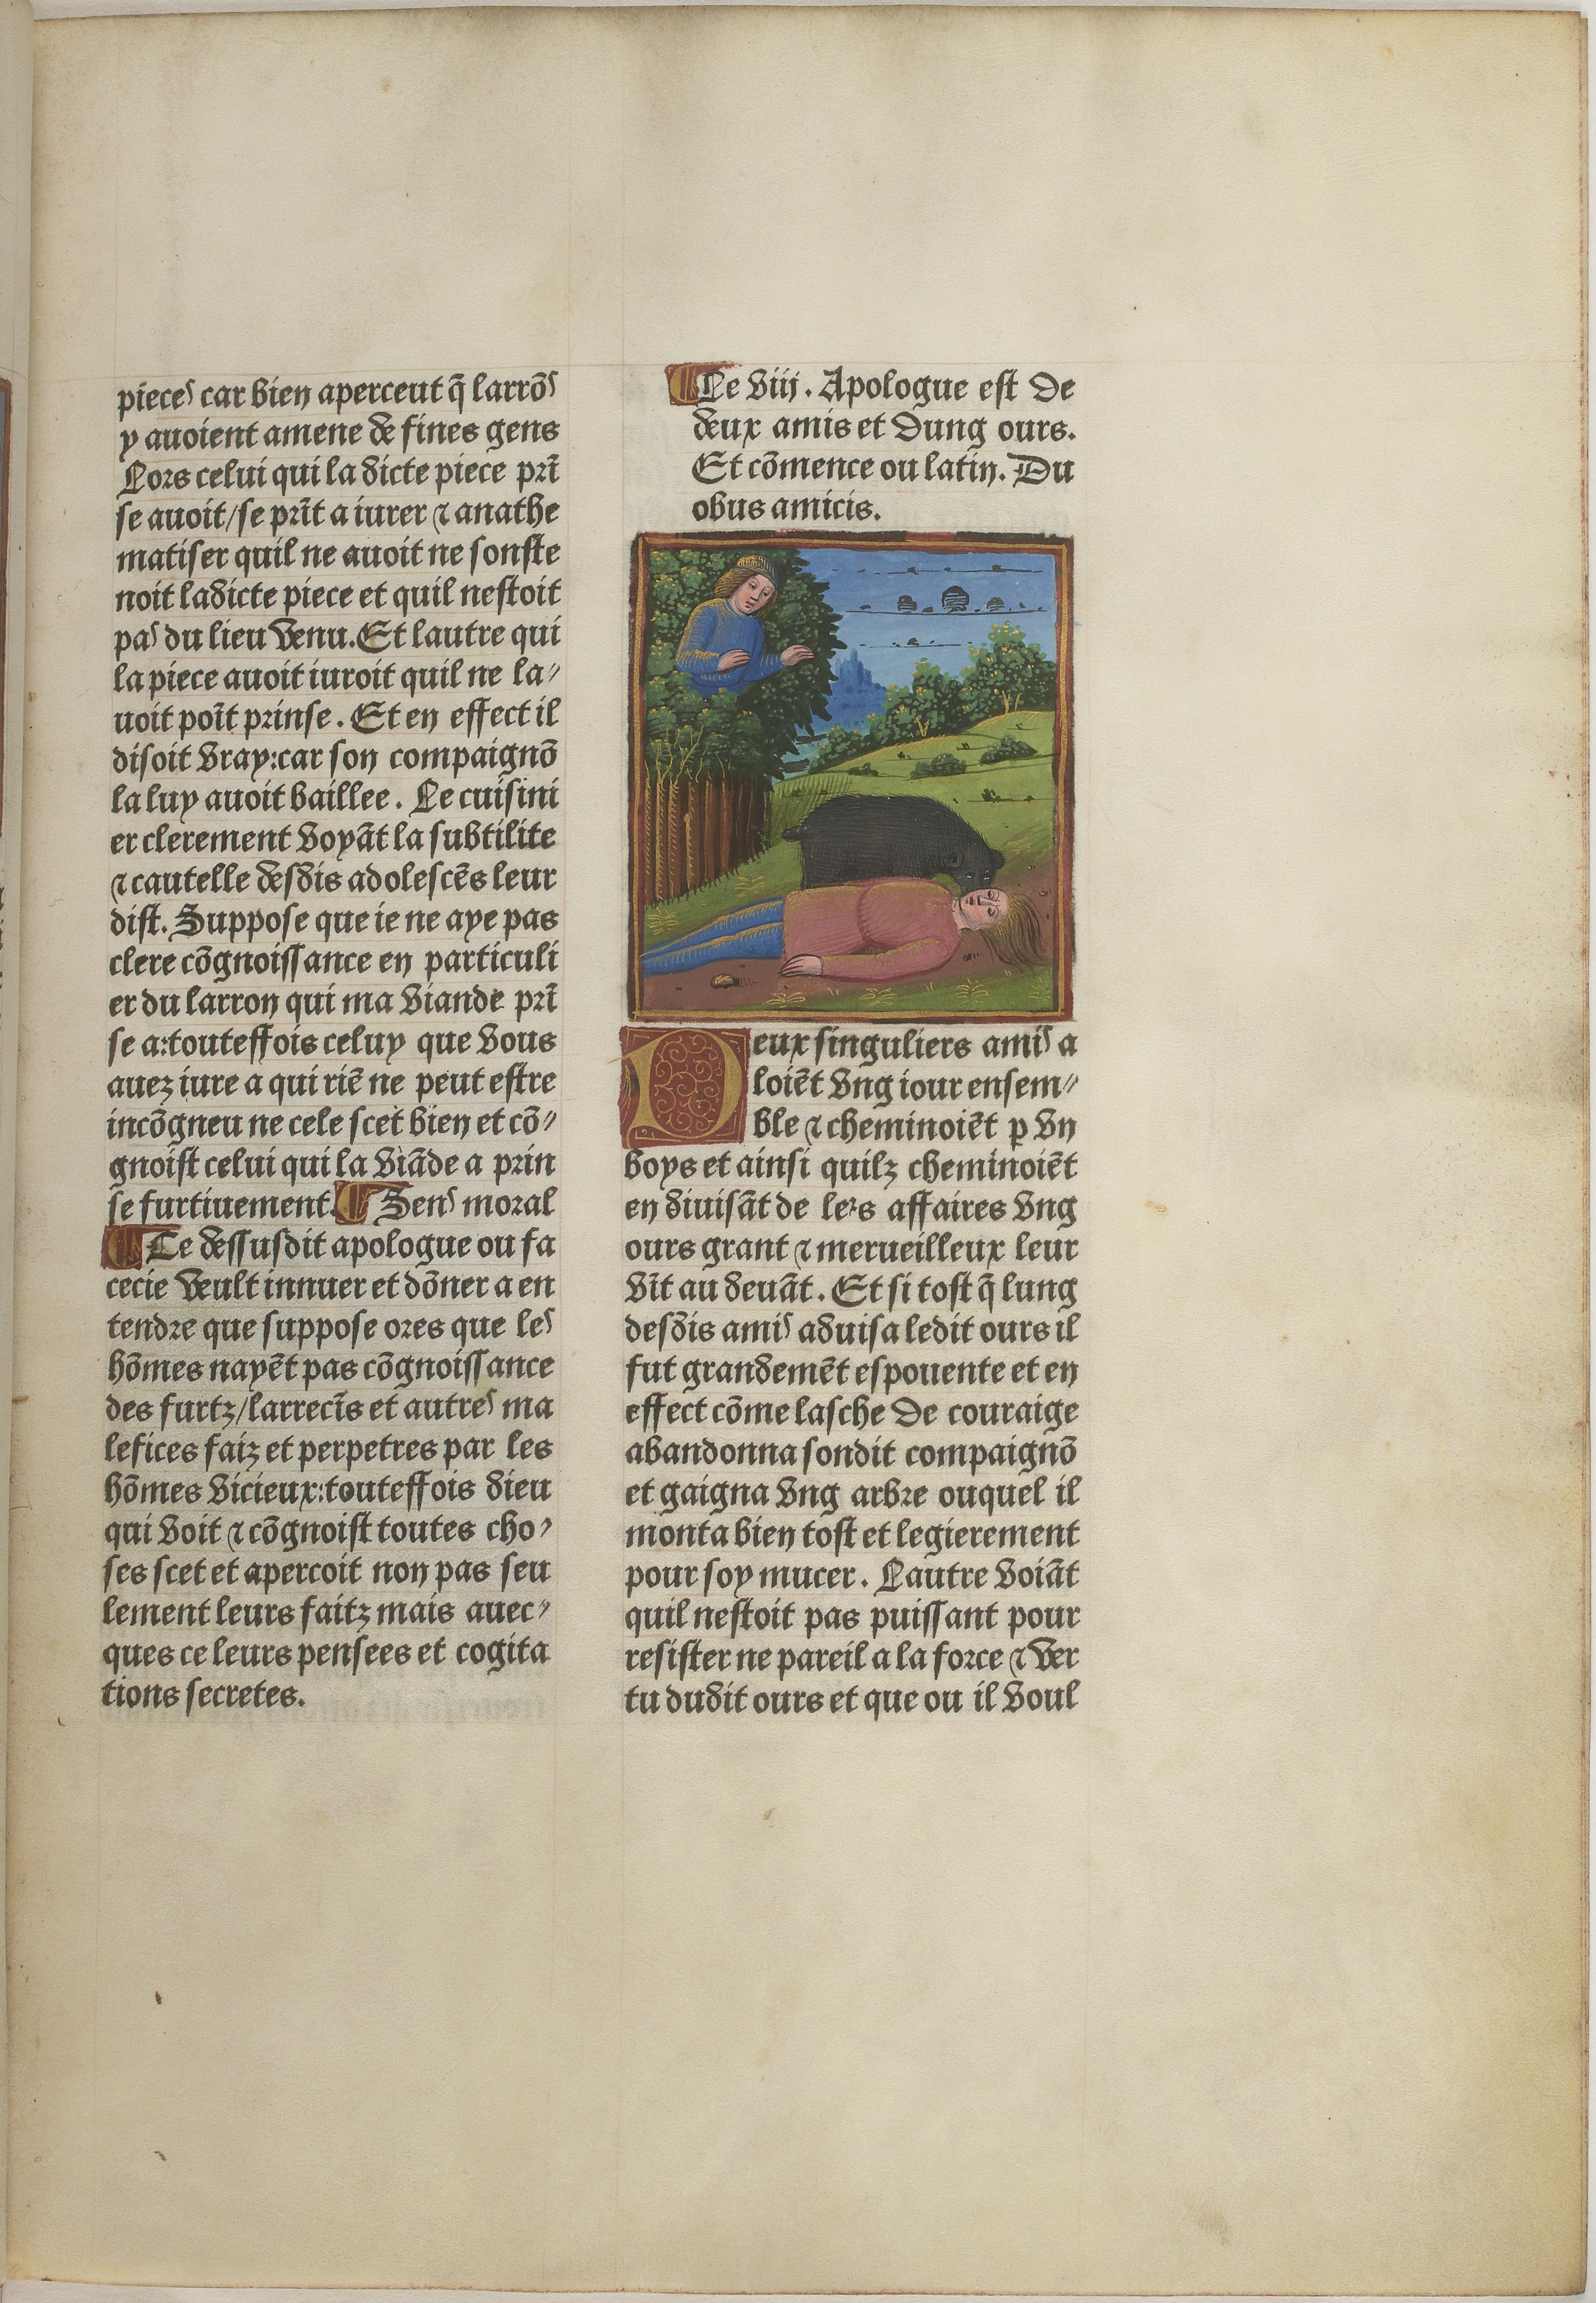
Shelfmark: Paris, BnF, Velins 611
Century: 15